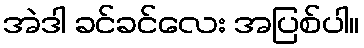
အဲဒါ ခင်ခင်လေး အပြစ်ပါ။